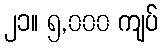
၂၁။ ၅,၀၀၀ ကျပ်